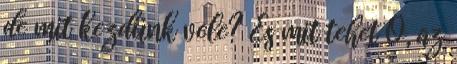
de mit kezdünk vele? És mit tehet Ő, az